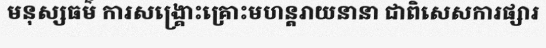
មនុស្សធម៌ ការសង្គ្រោះគ្រោះមហន្តរាយនានា ជាពិសេសការផ្សារ